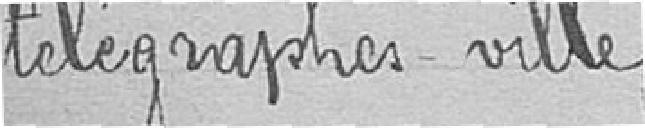
télégraphes-ville